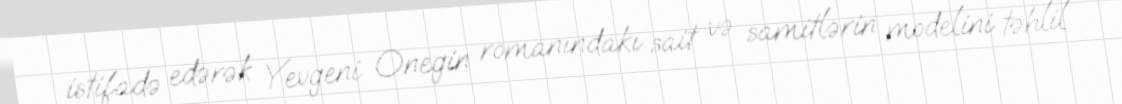
istifadə edərək Yevgeni Onegin romanındakı sait və samitlərin modelini təhlil